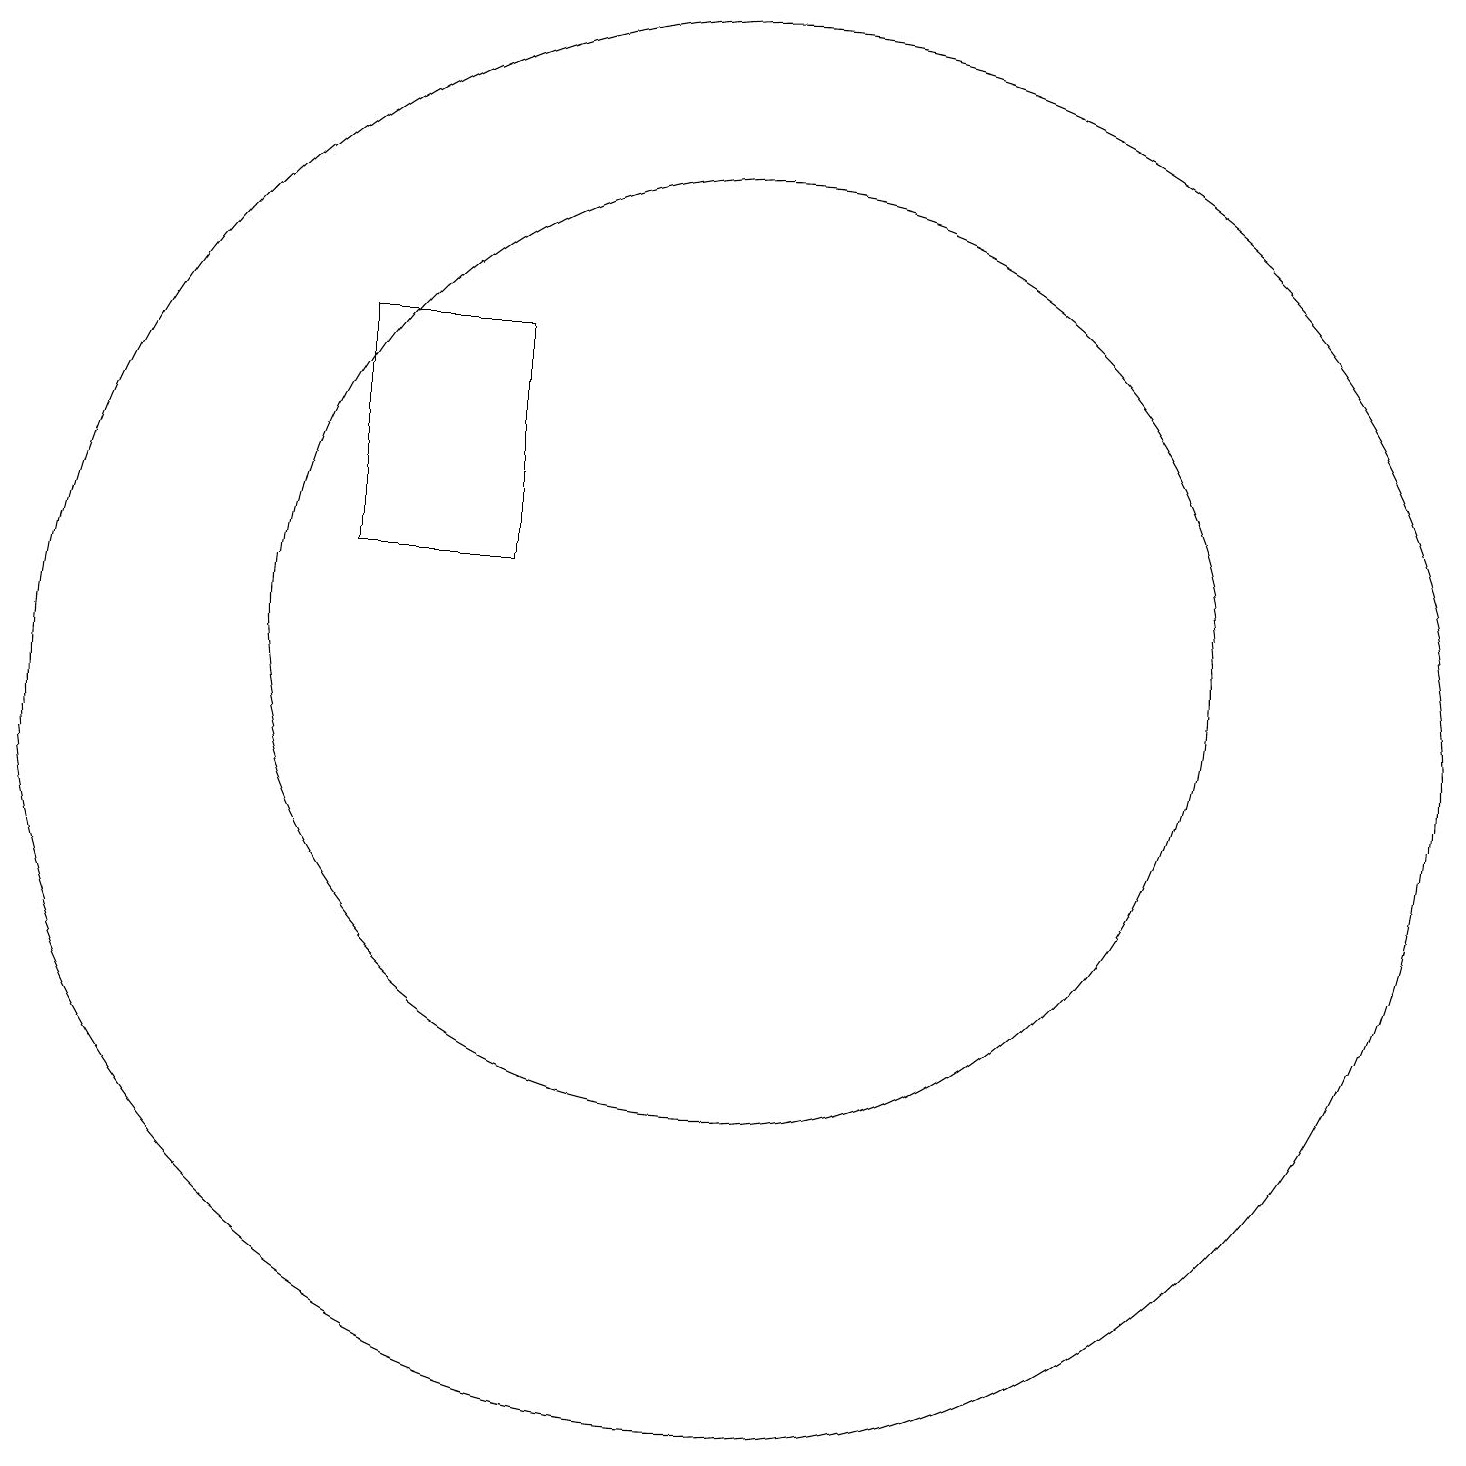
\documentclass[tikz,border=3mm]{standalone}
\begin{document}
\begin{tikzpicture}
\draw (6,15) rectangle (8,12);
\draw (11,11) circle (6);
\draw (11,10) circle (9);
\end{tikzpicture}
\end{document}